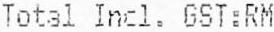
TOTAL INCL. GST:RM